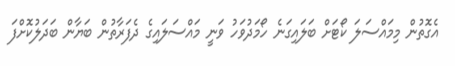
އެގޮތުން މިމައްސަލަ ކޯޓަށް ބަލައިގަނެ ހޯމަދުވަހު ވަނީ މައްސަލައިގެ ދެފަރާތުން ބަޔާން ބަދަލުކޮށްފަ